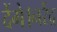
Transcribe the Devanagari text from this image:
देंगे।नरेंद्र